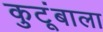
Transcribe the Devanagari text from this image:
कुटूंबाला